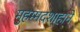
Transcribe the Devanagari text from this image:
मुहम्मदशाहाने